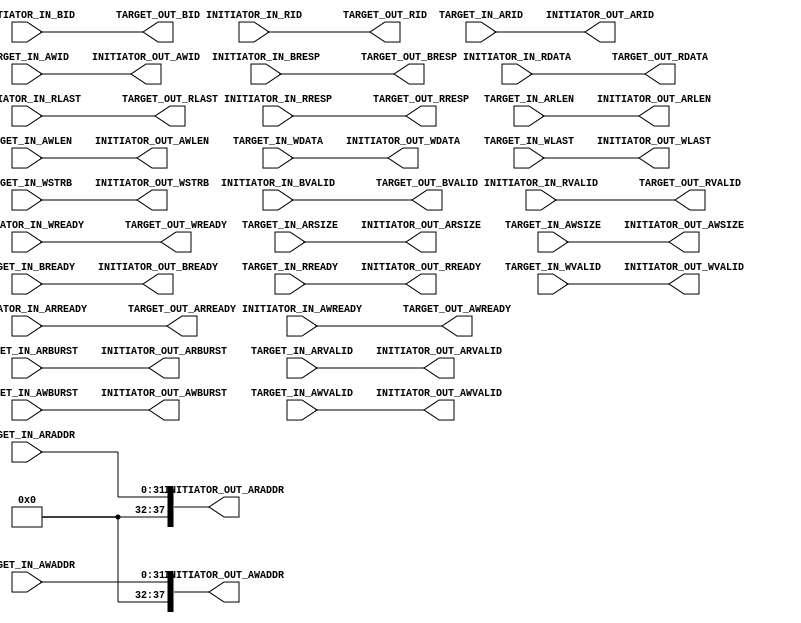
////////////////////////////////////////////////////////////////////////////////
// Copyright (c) 2021, Microchip Corporation
// All rights reserved.
//
// Redistribution and use in source and binary forms, with or without
// modification, are permitted provided that the following conditions are met:
//     * Redistributions of source code must retain the above copyright
//       notice, this list of conditions and the following disclaimer.
//     * Redistributions in binary form must reproduce the above copyright
//       notice, this list of conditions and the following disclaimer in the
//       documentation and/or other materials provided with the distribution.
//     * Neither the name of the <organization> nor the
//       names of its contributors may be used to endorse or promote products
//       derived from this software without specific prior written permission.
//
// THIS SOFTWARE IS PROVIDED BY THE COPYRIGHT HOLDERS AND CONTRIBUTORS "AS IS" AND
// ANY EXPRESS OR IMPLIED WARRANTIES, INCLUDING, BUT NOT LIMITED TO, THE IMPLIED
// WARRANTIES OF MERCHANTABILITY AND FITNESS FOR A PARTICULAR PURPOSE ARE
// DISCLAIMED. IN NO EVENT SHALL MICROCHIP CORPORATIONM BE LIABLE FOR ANY
// DIRECT, INDIRECT, INCIDENTAL, SPECIAL, EXEMPLARY, OR CONSEQUENTIAL DAMAGES
// (INCLUDING, BUT NOT LIMITED TO, PROCUREMENT OF SUBSTITUTE GOODS OR SERVICES;
// LOSS OF USE, DATA, OR PROFITS; OR BUSINESS INTERRUPTION) HOWEVER CAUSED AND
// ON ANY THEORY OF LIABILITY, WHETHER IN CONTRACT, STRICT LIABILITY, OR TORT
// (INCLUDING NEGLIGENCE OR OTHERWISE) ARISING IN ANY WAY OUT OF THE USE OF THIS
// SOFTWARE, EVEN IF ADVISED OF THE POSSIBILITY OF SUCH DAMAGE.
//
// APACHE LICENSE
// Copyright (c) 2021, Microchip Corporation 
//
// Licensed under the Apache License, Version 2.0 (the "License");
// you may not use this file except in compliance with the License.
// You may obtain a copy of the License at
//
//    http://www.apache.org/licenses/LICENSE-2.0
//
// Unless required by applicable law or agreed to in writing, software
// distributed under the License is distributed on an "AS IS" BASIS,
// WITHOUT WARRANTIES OR CONDITIONS OF ANY KIND, either express or implied.
// See the License for the specific language governing permissions and
// limitations under the License.
////////////////////////////////////////////////////////////////////////////////

module AXI_ADDRESS_SHIM (
    input         INITIATOR_IN_ARREADY,
    input         INITIATOR_IN_AWREADY,
    input  [3:0]  INITIATOR_IN_BID,
    input  [1:0]  INITIATOR_IN_BRESP,
    input         INITIATOR_IN_BVALID,
    input  [63:0] INITIATOR_IN_RDATA,
    input  [3:0]  INITIATOR_IN_RID,
    input         INITIATOR_IN_RLAST,
    input  [1:0]  INITIATOR_IN_RRESP,
    input         INITIATOR_IN_RVALID,
    input         INITIATOR_IN_WREADY,
    output [37:0] INITIATOR_OUT_ARADDR,
    output [1:0]  INITIATOR_OUT_ARBURST,
    output [3:0]  INITIATOR_OUT_ARID,
    output [7:0]  INITIATOR_OUT_ARLEN,
    output [1:0]  INITIATOR_OUT_ARSIZE,
    output        INITIATOR_OUT_ARVALID,
    output [37:0] INITIATOR_OUT_AWADDR,
    output [1:0]  INITIATOR_OUT_AWBURST,
    output [3:0]  INITIATOR_OUT_AWID,
    output [7:0]  INITIATOR_OUT_AWLEN,
    output [1:0]  INITIATOR_OUT_AWSIZE,
    output        INITIATOR_OUT_AWVALID,
    output        INITIATOR_OUT_BREADY,
    output        INITIATOR_OUT_RREADY,
    output [63:0] INITIATOR_OUT_WDATA,
    output        INITIATOR_OUT_WLAST,
    output [7:0]  INITIATOR_OUT_WSTRB,
    output        INITIATOR_OUT_WVALID,
    
    output         TARGET_OUT_ARREADY,
    output         TARGET_OUT_AWREADY,
    output  [3:0]  TARGET_OUT_BID,
    output  [1:0]  TARGET_OUT_BRESP,
    output         TARGET_OUT_BVALID,
    output  [63:0] TARGET_OUT_RDATA,
    output  [3:0]  TARGET_OUT_RID,
    output         TARGET_OUT_RLAST,
    output  [1:0]  TARGET_OUT_RRESP,
    output         TARGET_OUT_RVALID,
    output         TARGET_OUT_WREADY,
    input [31:0] TARGET_IN_ARADDR,
    input [1:0]  TARGET_IN_ARBURST,
    input [3:0]  TARGET_IN_ARID,
    input [7:0]  TARGET_IN_ARLEN,
    input [1:0]  TARGET_IN_ARSIZE,
    input        TARGET_IN_ARVALID,
    input [31:0] TARGET_IN_AWADDR,
    input [1:0]  TARGET_IN_AWBURST,
    input [3:0]  TARGET_IN_AWID,
    input [7:0]  TARGET_IN_AWLEN,
    input [1:0]  TARGET_IN_AWSIZE,
    input        TARGET_IN_AWVALID,
    input        TARGET_IN_BREADY,
    input        TARGET_IN_RREADY,
    input [63:0] TARGET_IN_WDATA,
    input        TARGET_IN_WLAST,
    input [7:0]  TARGET_IN_WSTRB,
    input        TARGET_IN_WVALID
);

assign TARGET_OUT_ARREADY = INITIATOR_IN_ARREADY;
assign TARGET_OUT_AWREADY = INITIATOR_IN_AWREADY;
assign TARGET_OUT_BID = INITIATOR_IN_BID;
assign TARGET_OUT_BRESP = INITIATOR_IN_BRESP;
assign TARGET_OUT_BVALID = INITIATOR_IN_BVALID;
assign TARGET_OUT_RDATA = INITIATOR_IN_RDATA;
assign TARGET_OUT_RID = INITIATOR_IN_RID;
assign TARGET_OUT_RLAST = INITIATOR_IN_RLAST;
assign TARGET_OUT_RRESP = INITIATOR_IN_RRESP;
assign TARGET_OUT_RVALID = INITIATOR_IN_RVALID;
assign TARGET_OUT_WREADY = INITIATOR_IN_WREADY;
assign INITIATOR_OUT_ARADDR = TARGET_IN_ARADDR;
assign INITIATOR_OUT_ARBURST = TARGET_IN_ARBURST;
assign INITIATOR_OUT_ARID = TARGET_IN_ARID;
assign INITIATOR_OUT_ARLEN = TARGET_IN_ARLEN;
assign INITIATOR_OUT_ARSIZE = TARGET_IN_ARSIZE;
assign INITIATOR_OUT_ARVALID = TARGET_IN_ARVALID;
assign INITIATOR_OUT_AWADDR = TARGET_IN_AWADDR;
assign INITIATOR_OUT_AWBURST = TARGET_IN_AWBURST;
assign INITIATOR_OUT_AWID = TARGET_IN_AWID;
assign INITIATOR_OUT_AWLEN = TARGET_IN_AWLEN;
assign INITIATOR_OUT_AWSIZE = TARGET_IN_AWSIZE;
assign INITIATOR_OUT_AWVALID = TARGET_IN_AWVALID;
assign INITIATOR_OUT_BREADY = TARGET_IN_BREADY;
assign INITIATOR_OUT_RREADY = TARGET_IN_RREADY;
assign INITIATOR_OUT_WDATA = TARGET_IN_WDATA;
assign INITIATOR_OUT_WLAST = TARGET_IN_WLAST;
assign INITIATOR_OUT_WSTRB = TARGET_IN_WSTRB;
assign INITIATOR_OUT_WVALID = TARGET_IN_WVALID;

endmodule